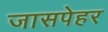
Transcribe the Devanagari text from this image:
जासपेहर